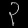
Digit: ၃